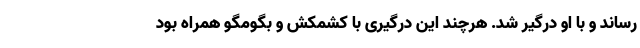
رساند و با او درگیر شد. هرچند این درگیری با کشمکش و بگومگو همراه بود